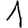
Digit: 1